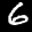
Label: 6